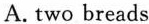
A. two breads